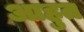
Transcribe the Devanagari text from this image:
आहुत